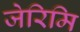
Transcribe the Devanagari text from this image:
जेरिमि